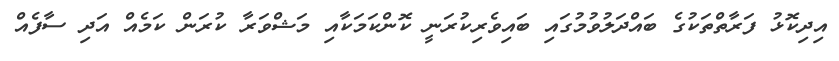
އިދިކޮޅު ފަރާތްތަކުގެ ބައްދަލުވުމުގައި ބައިވެރިކުރަނީ ކޮންކަމަކާއި މަޝްވަރާ ކުރަން ކަމެއް އަދި ސާފެއް